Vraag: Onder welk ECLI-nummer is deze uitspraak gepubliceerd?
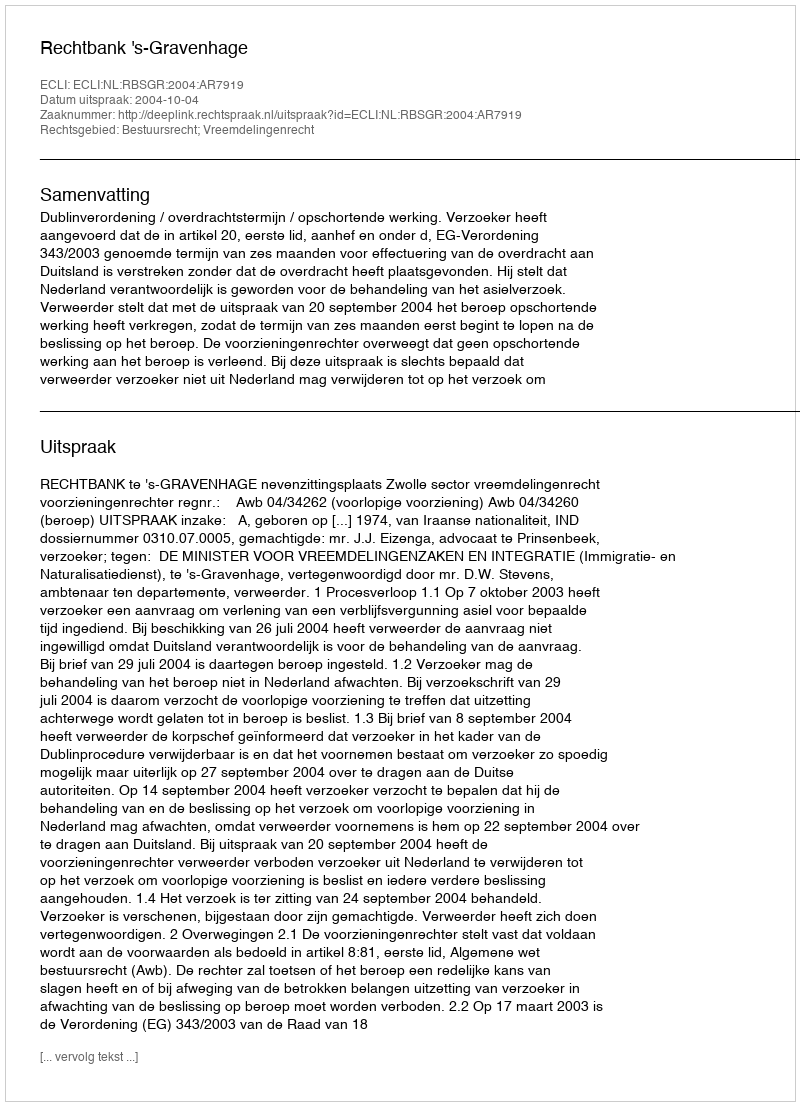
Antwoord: ECLI:NL:RBSGR:2004:AR7919